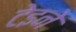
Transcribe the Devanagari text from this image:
टेइने